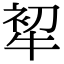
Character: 𤙟